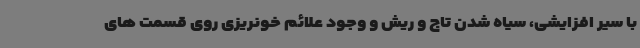
با سیر افزایشی، سیاه شدن تاج و ریش و وجود علائم خونریزی روی قسمت های